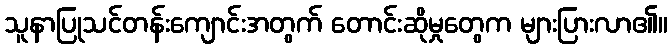
သူနာပြုသင်တန်းကျောင်းအတွက် တောင်းဆိုမှုတွေက များပြားလာ၏။